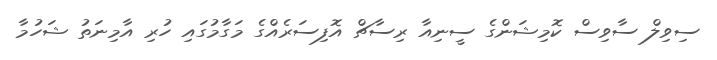
ސިވިލް ސާވިސް ކޮމިޝަންގެ ސީނިއާ ރިސާޗް އޮފިސަރެއްގެ މަގާމުގައި ހުރި އާމިނަތު ޝަހުމާ